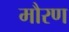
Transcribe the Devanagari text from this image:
मौरण